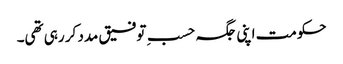
حکومت اپنی جگہ حسبِ توفیق مدد کر رہی تھی۔